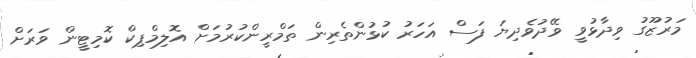
މަރުޒޫގު ވިދާޅުވީ ވޭދުވެދިޔަ ފަސް އަހަރު ކުޅުންތެރިން ތަމްރީންކުރުމަށް އޮލިމްޕިކް ކޮމިޓީން ވަރަށް